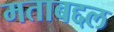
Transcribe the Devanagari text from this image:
मताबद्दल